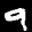
Label: 9